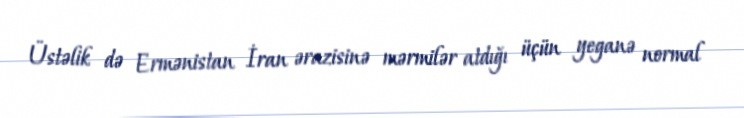
Üstəlik də Ermənistan İran ərazisinə mərmilər atdığı üçün yeganə normal